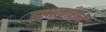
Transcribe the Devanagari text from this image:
बलात्काराने